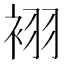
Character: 𲀮